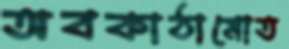
অবকাঠামোত